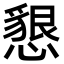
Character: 懇